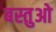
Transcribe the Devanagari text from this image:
बस्तुओ